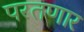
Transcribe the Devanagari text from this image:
परतणार